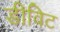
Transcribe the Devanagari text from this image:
डीविट